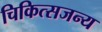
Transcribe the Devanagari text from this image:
चिकित्सजन्य